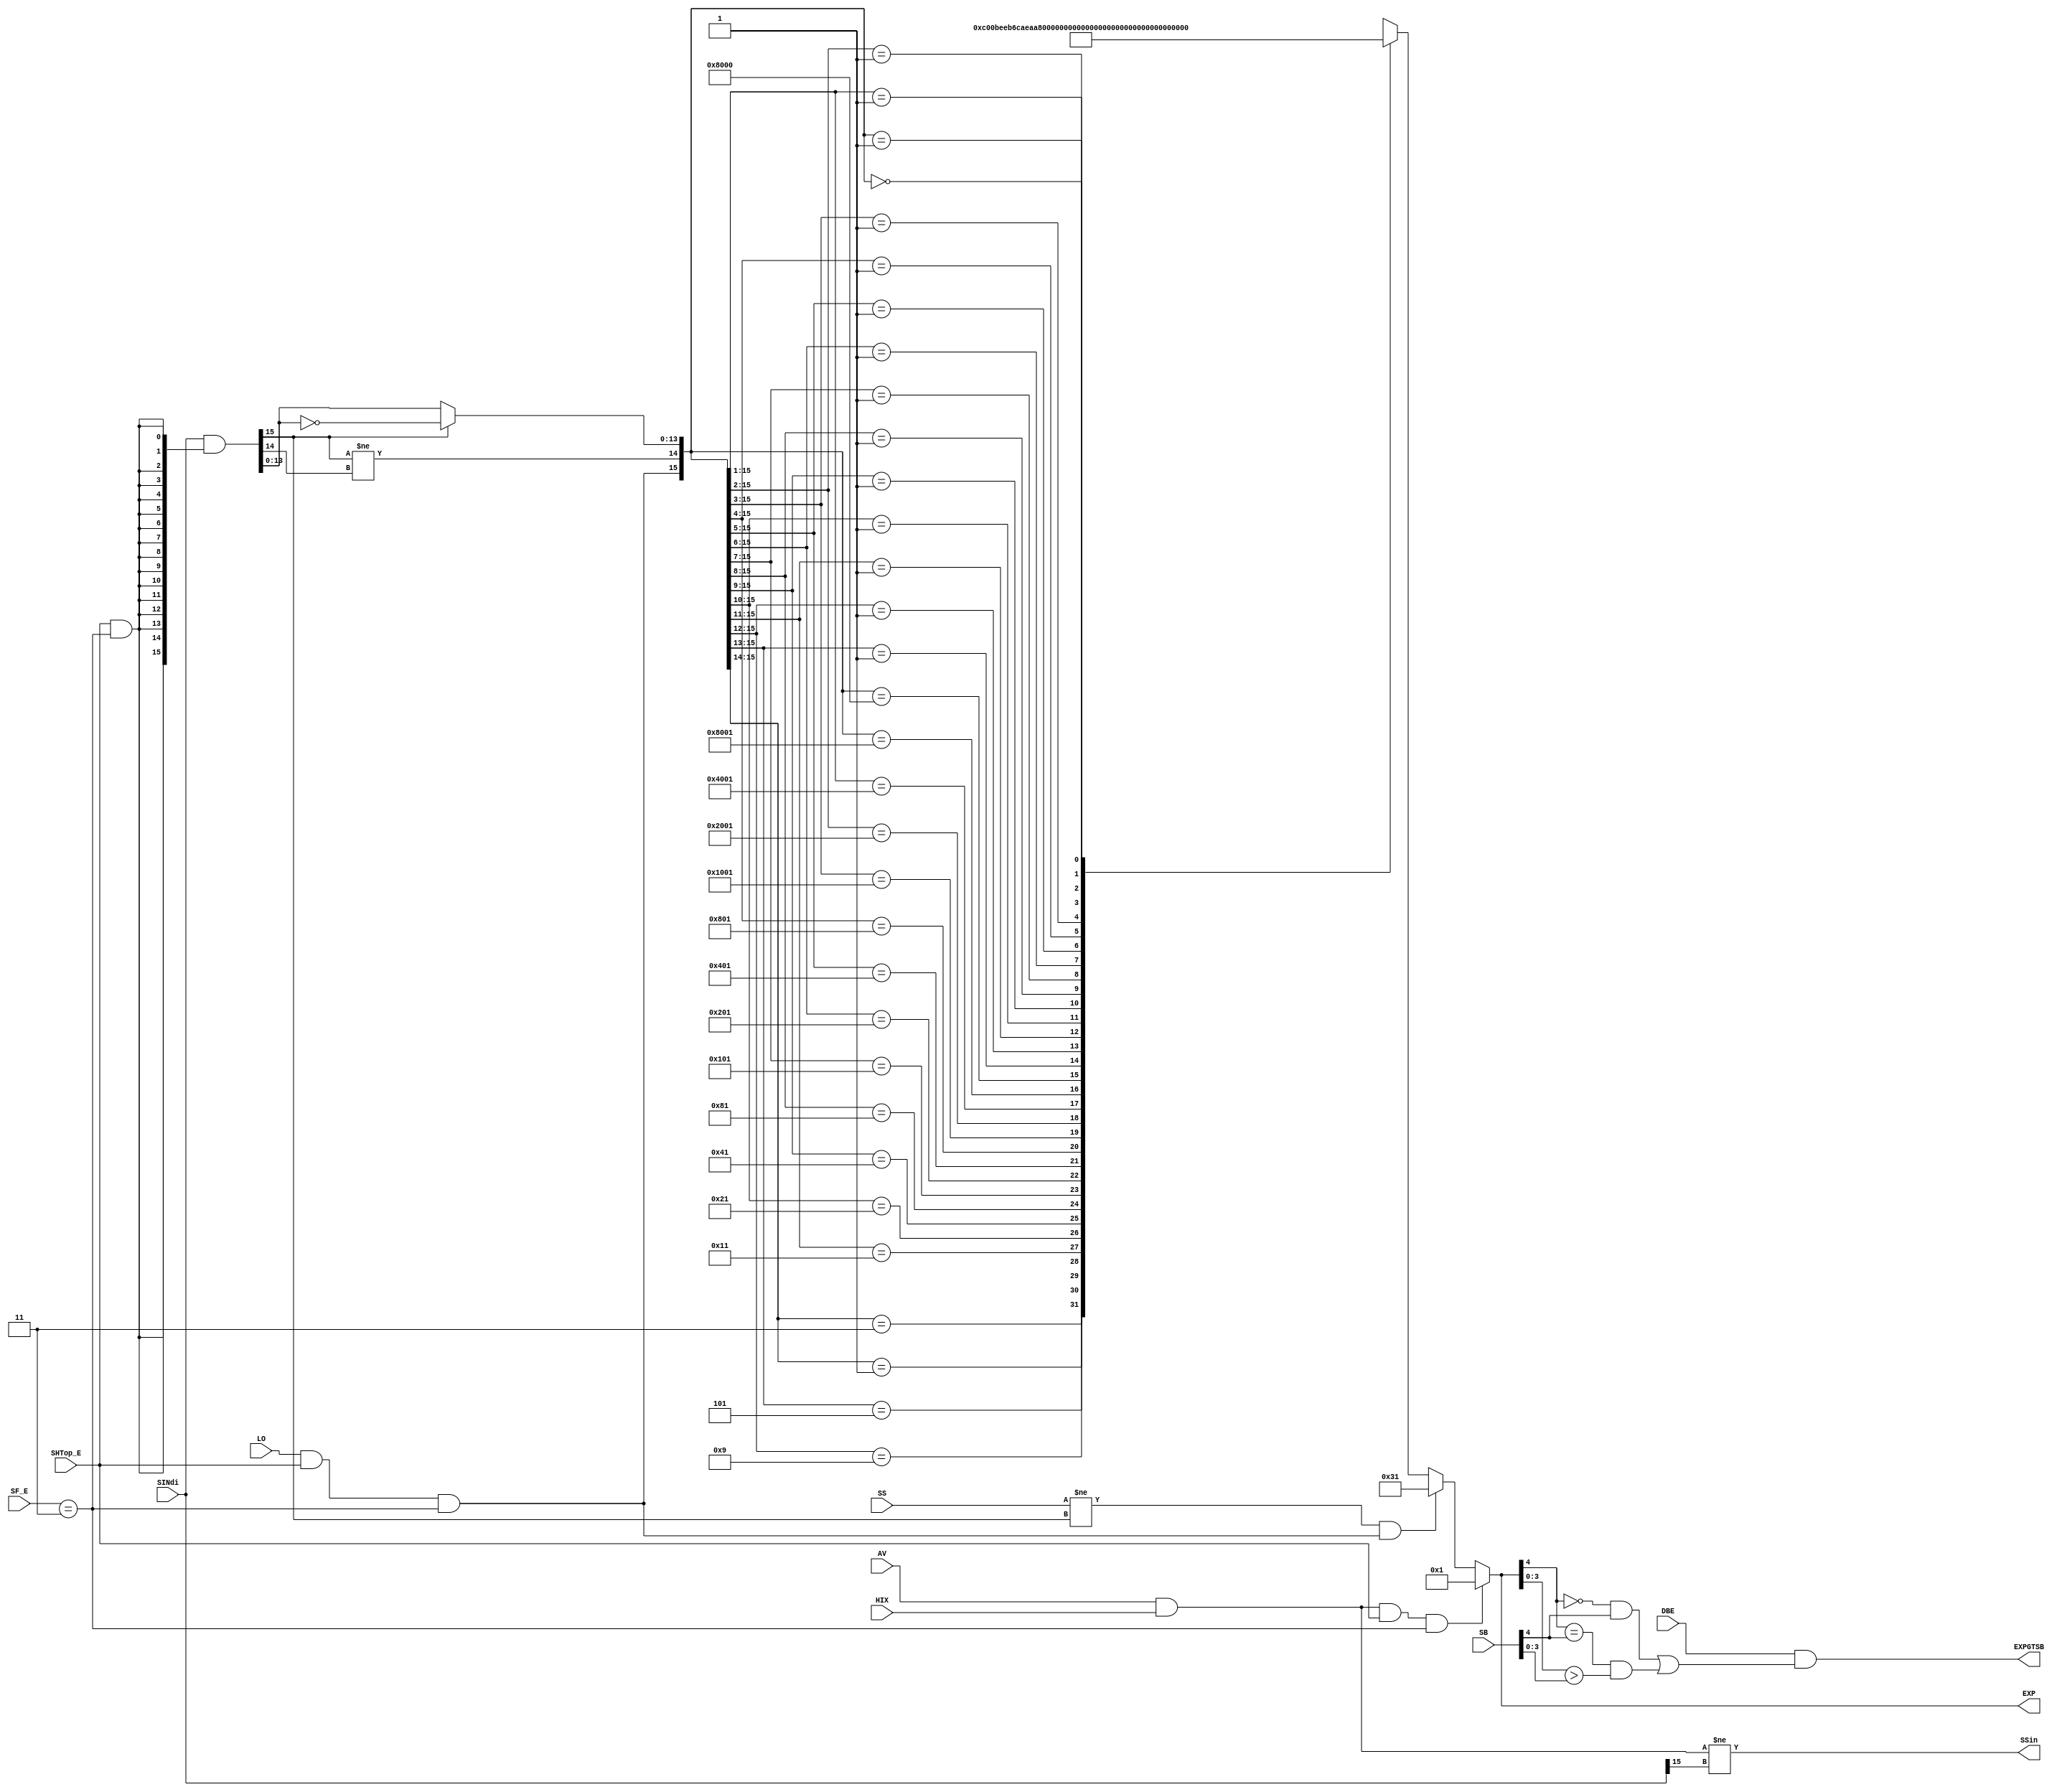







/*--------------------------------------------------------------*/ 
 
 
 
 
 
/*--------------------------------------------------------------*/ 

/*--------------------------------------------------------------*/ 
 
 
/*--------------------------------------------------------------*/ 

`define del 1 

module ES_EXP (/* IN */ 
SINdi, SB, DBE, HIX, LO, 
SS, AV, SHTop_E, SF_E, 
 
EXP, SSin, EXPGTSB); 

/*----------------------------------------------*/ 
 
/*----------------------------------------------*/ 
input [15:0] SINdi; 
input [4:0] SB; 
input DBE; 
input HIX, LO; 
input SS, AV; 
input SHTop_E; 
input [3:2] SF_E; 
/************************************************/ 
 
/************************************************/ 
output [5:0] EXP; 
output SSin; 
output EXPGTSB; 


/************************************************/ 
 
 
 
/************************************************/ 

wire egts; 

assign egts = (EXP[3:0] > SB[3:0]); 
assign #`del EXPGTSB = DBE && (((~EXP[4]) && SB[4]) || 
(( EXP[4] == SB[4] ) && egts)); 


/************************************************/ 
 
 
 
 
 
/************************************************/ 
wire LOin; 
wire CASEA, CASEB, CASEC; 
wire [13:0] TMP; 
wire [15:0] SIN; 

assign SIN[15:0] = SINdi[15:0] & {16{SHTop_E && (SF_E[3:2] == 2'b11)}}; 
assign SSin = ((AV && HIX) != SINdi[15]); 
assign LOin = LO && SHTop_E && (SF_E[3:2] == 2'b11); 
assign CASEA = AV && HIX && SHTop_E && (SF_E[3:2] == 2'b11); 
assign CASEB = (SS != SIN[15]) && LOin; 
assign CASEC = (SIN[15] != SIN[14]); 
assign TMP[13:0] = SIN[15] ? (~SIN[13:0]) : SIN[13:0]; 

reg [5:0] EXPin; 
wire [5:0] EXP; 
assign #`del EXP[5:0] = CASEA ? 6'b000001 : 
CASEB ? 6'b110001 : EXPin[5:0]; 

always @(CASEA or CASEB or CASEC or TMP or LOin) 
begin 
casex ({LOin, CASEC, TMP[13:0]}) 
/********************************************************/ 
 
/********************************************************/ 
16'b11xxxxxxxxxxxxxx : EXPin[5:0] = 6'b110000; 
16'b01xxxxxxxxxxxxxx : EXPin[5:0] = 6'b000000; 
16'b101xxxxxxxxxxxxx : EXPin[5:0] = 6'b101111; 
16'b1001xxxxxxxxxxxx : EXPin[5:0] = 6'b101110; 
16'b10001xxxxxxxxxxx : EXPin[5:0] = 6'b101101; 
16'b100001xxxxxxxxxx : EXPin[5:0] = 6'b101100; 
16'b1000001xxxxxxxxx : EXPin[5:0] = 6'b101011; 
16'b10000001xxxxxxxx : EXPin[5:0] = 6'b101010; 
16'b100000001xxxxxxx : EXPin[5:0] = 6'b101001; 
16'b1000000001xxxxxx : EXPin[5:0] = 6'b101000; 
16'b10000000001xxxxx : EXPin[5:0] = 6'b100111; 
16'b100000000001xxxx : EXPin[5:0] = 6'b100110; 
16'b1000000000001xxx : EXPin[5:0] = 6'b100101; 
16'b10000000000001xx : EXPin[5:0] = 6'b100100; 
16'b100000000000001x : EXPin[5:0] = 6'b100011; 
16'b1000000000000001 : EXPin[5:0] = 6'b100010; 
16'b1000000000000000 : EXPin[5:0] = 6'b100001; 
16'b001xxxxxxxxxxxxx : EXPin[5:0] = 6'b111111; 
16'b0001xxxxxxxxxxxx : EXPin[5:0] = 6'b111110; 
16'b00001xxxxxxxxxxx : EXPin[5:0] = 6'b111101; 
16'b000001xxxxxxxxxx : EXPin[5:0] = 6'b111100; 
16'b0000001xxxxxxxxx : EXPin[5:0] = 6'b111011; 
16'b00000001xxxxxxxx : EXPin[5:0] = 6'b111010; 
16'b000000001xxxxxxx : EXPin[5:0] = 6'b111001; 
16'b0000000001xxxxxx : EXPin[5:0] = 6'b111000; 
16'b00000000001xxxxx : EXPin[5:0] = 6'b110111; 
16'b000000000001xxxx : EXPin[5:0] = 6'b110110; 
16'b0000000000001xxx : EXPin[5:0] = 6'b110101; 
16'b00000000000001xx : EXPin[5:0] = 6'b110100; 
16'b000000000000001x : EXPin[5:0] = 6'b110011; 
16'b0000000000000001 : EXPin[5:0] = 6'b110010; 
16'b0000000000000000 : EXPin[5:0] = 6'b110001; 

endcase 
end 
endmodule